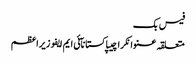
فیس بک
متعلقہ عنوانکراچیپاکستانآئی ایم ایفوزیراعظم